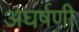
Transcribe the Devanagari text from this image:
अघर्षणी